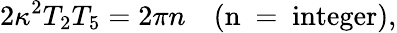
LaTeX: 2\kappa^{2}T_{2}T_{5}=2\pi n\quad(\mathrm{n~=~integer}),